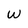
Character: W